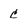
Character: c